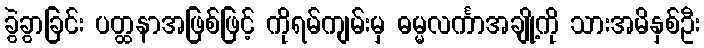
ခွဲခွာခြင်း ပတ္ထနာအဖြစ်ဖြင့် ကိုရမ်ကျမ်းမှ ဓမ္မလင်္ကာအချို့ကို သားအမိနှစ်ဦး